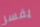
يفسر